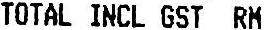
TOTAL INCL GST RM